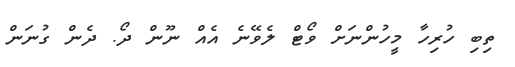
ތިބި ހުރިހާ މީހުންނަށް ވޯޓް ލެވޭނެ އެއް ނޫން ދޯ. ދެން ގުނަން